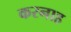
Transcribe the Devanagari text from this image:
करनाह